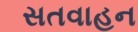
સતવાહન